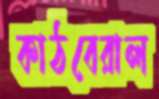
কাঠবেরাল